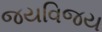
જયવિજય